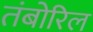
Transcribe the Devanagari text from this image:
तंबोरिल